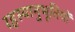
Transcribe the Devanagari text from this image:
रहस्यानुभूतियों